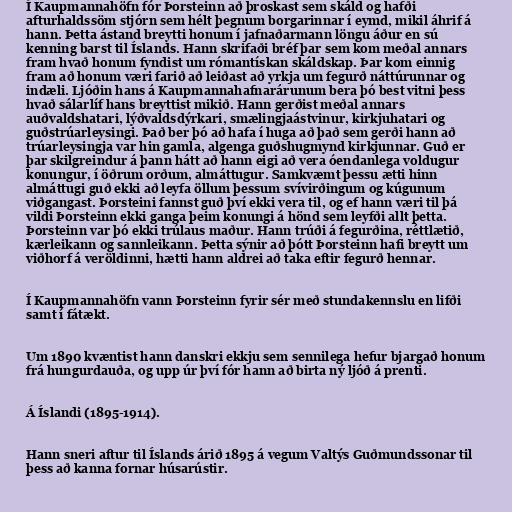
Í Kaupmannahöfn fór Þorsteinn að þroskast sem skáld og hafði
afturhaldssöm stjórn sem hélt þegnum borgarinnar í eymd, mikil áhrif á
hann. Þetta ástand breytti honum í jafnaðarmann löngu áður en sú
kenning barst til Íslands. Hann skrifaði bréf þar sem kom meðal annars
fram hvað honum fyndist um rómantískan skáldskap. Þar kom einnig
fram að honum væri farið að leiðast að yrkja um fegurð náttúrunnar og
indæli. Ljóðin hans á Kaupmannahafnarárunum bera þó best vitni þess
hvað sálarlíf hans breyttist mikið. Hann gerðist meðal annars
auðvaldshatari, lýðvaldsdýrkari, smælingjaástvinur, kirkjuhatari og
guðstrúarleysingi. Það ber þó að hafa í huga að það sem gerði hann að
trúarleysingja var hin gamla, algenga guðshugmynd kirkjunnar. Guð er
þar skilgreindur á þann hátt að hann eigi að vera óendanlega voldugur
konungur, í öðrum orðum, almáttugur. Samkvæmt þessu ætti hinn
almáttugi guð ekki að leyfa öllum þessum svívirðingum og kúgunum
viðgangast. Þorsteini fannst guð því ekki vera til, og ef hann væri til þá
vildi Þorsteinn ekki ganga þeim konungi á hönd sem leyfði allt þetta.
Þorsteinn var þó ekki trúlaus maður. Hann trúði á fegurðina, réttlætið,
kærleikann og sannleikann. Þetta sýnir að þótt Þorsteinn hafi breytt um
viðhorf á veröldinni, hætti hann aldrei að taka eftir fegurð hennar.

Í Kaupmannahöfn vann Þorsteinn fyrir sér með stundakennslu en lifði
samt í fátækt.

Um 1890 kvæntist hann danskri ekkju sem sennilega hefur bjargað honum
frá hungurdauða, og upp úr því fór hann að birta ný ljóð á prenti.

Á Íslandi (1895-1914).

Hann sneri aftur til Íslands árið 1895 á vegum Valtýs Guðmundssonar til
þess að kanna fornar húsarústir.